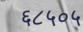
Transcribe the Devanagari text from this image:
६८५०५